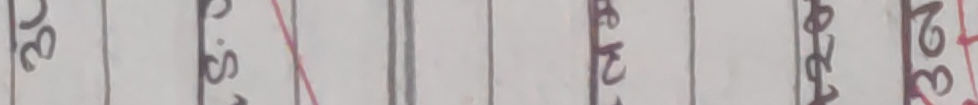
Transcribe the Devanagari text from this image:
३४८.८९